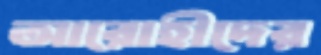
আরোহীদের